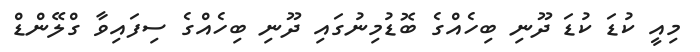
މިއީ ކުޑަ ކުޑަ ދޫނި ބިހެއްގެ ބޮޑުމިނުގައި ދޫނި ބިހެއްގެ ސިފައިވާ ގްލޭންޑް